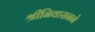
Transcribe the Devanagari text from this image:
श्रीनिवासनने